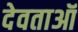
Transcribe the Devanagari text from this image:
देवताऑ